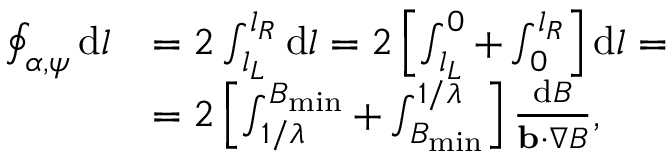
\begin{array} { r l } { \oint _ { \alpha , \psi } \mathrm { d } l } & { = 2 \int _ { l _ { L } } ^ { l _ { R } } \mathrm { d } l = 2 \left[ \int _ { l _ { L } } ^ { 0 } + \int _ { 0 } ^ { l _ { R } } \right] \mathrm { d } l = } \\ & { = 2 \left[ \int _ { 1 / \lambda } ^ { B _ { \mathrm { m i n } } } + \int _ { B _ { \mathrm { m i n } } } ^ { 1 / \lambda } \right] \frac { \mathrm { d } B } { \mathbf { b } \cdot \nabla B } , } \end{array}